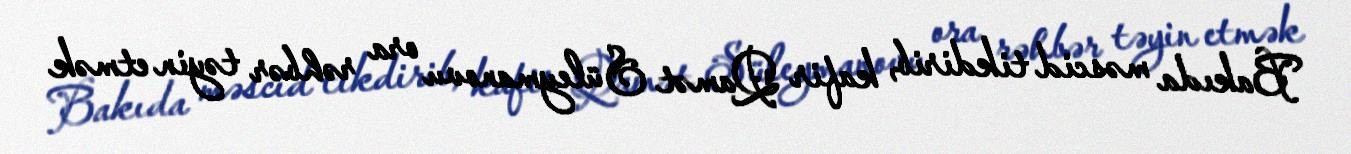
Bakıda məscid tikdirib, kafir Qamət Süleymanovu ora rəhbər təyin etmək